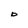
Character: o